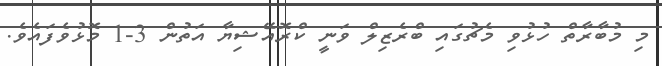
މި މުބާރާތް ހުޅުވި މެޗުގައި ބްރެޒިލް ވަނީ ކްރޮއޭޝިޔާ އަތުން 3-1 މޮޅުވެފައެވެ.